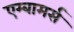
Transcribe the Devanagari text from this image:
एम्बामर्स